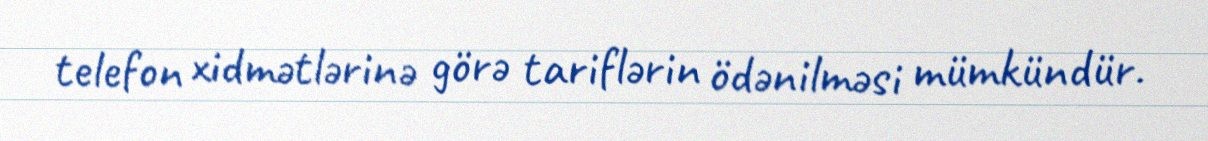
telefon xidmətlərinə görə tariflərin ödənilməsi mümkündür.